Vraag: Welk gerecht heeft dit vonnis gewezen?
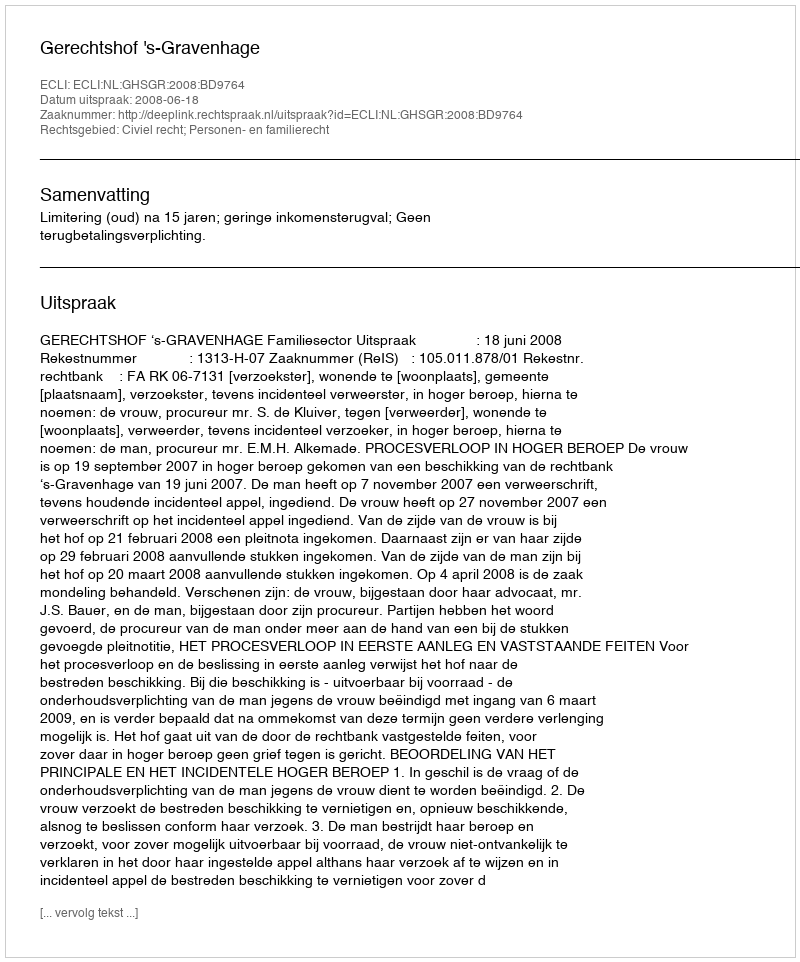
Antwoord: Gerechtshof 's-Gravenhage